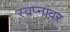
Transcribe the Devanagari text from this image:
स्वप्नांवर